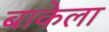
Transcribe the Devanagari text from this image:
बाकेला